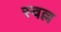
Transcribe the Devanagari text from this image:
स्वल्ल